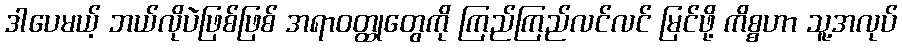
ဒါပေမယ့် ဘယ်လိုပဲဖြစ်ဖြစ် အရာဝတ္ထုတွေကို ကြည်ကြည်လင်လင် မြင်ဖို့ ကိစ္စဟာ သူ့အလုပ်